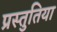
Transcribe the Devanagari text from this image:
प्रस्तुतिया